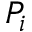
P _ { i }